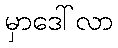
မှာဒေါ်လာ